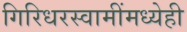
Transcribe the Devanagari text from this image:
गिरिधरस्वामींमध्येही